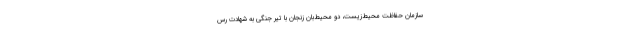
سازمان حفاظت محیط‌زیست، دو محیط‌بان زنجان با تیر جنگی به شهادت رس